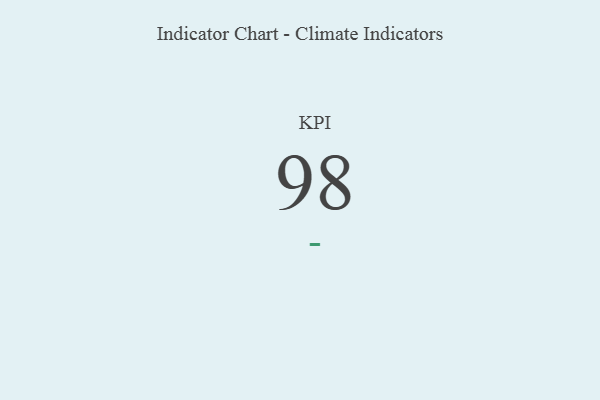
{"axis": {"x": "KPI", "y": "Value"}, "legend": [""], "data": [{"x": "KPI", "y": 98, "type": ""}]}